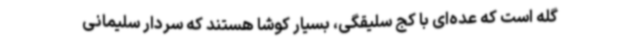
گله است که عده‌ای با کج سلیقگی، بسیار کوشا هستند که سردار سلیمانی